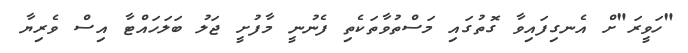
"ހަވީރަ"ށް އެނގިފައިވާ ގޮތުގައި މަސްތުވާތަކެތި ފެނުނީ މާފުށީ ޖަލު ބަލަހައްޓާ އިސް ވެރިޔާ